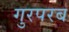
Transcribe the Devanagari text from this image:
गुरपरब